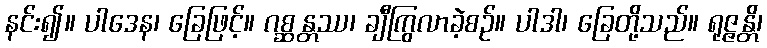
နင်း၍။ ပါဒေန၊ ခြေဖြင့်။ ဂစ္ဆန္တဿ၊ ချီကြွလာခဲ့စဉ်။ ပါဒါ၊ ခြေတို့သည်။ ရုဇ္ဇန္တိ၊